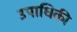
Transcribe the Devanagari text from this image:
उपाधिकी